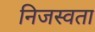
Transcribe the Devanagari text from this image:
निजस्वता